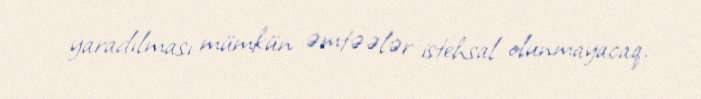
yaradılması mümkün əmtəələr istehsal olunmayacaq.